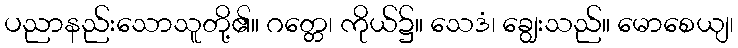
ပညာနည်းသောသူတို့၏။ ဂတ္တေ၊ ကိုယ်၌။ သေဒံ၊ ချွေးသည်။ မောစေယျ၊